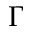
\Gamma